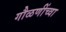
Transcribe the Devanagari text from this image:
गौळणींच्वा